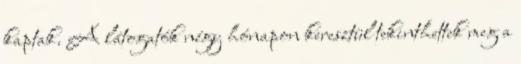
kaptak. A látogatók négy hónapon keresztül tekinthettek meg a